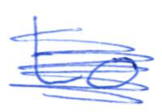
Text: to
Cross-out: scratch
Writing tool: ballpoint